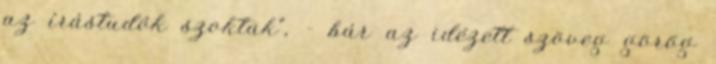
az írástudók szoktak”, - bár az idézett szöveg görög